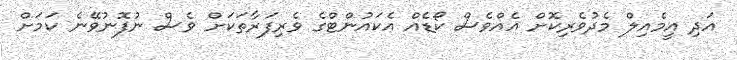
އަދި އީމެއިލް މެދުވެރިކޮށް އެއްވެސް ކޯޑެއް އެކައުންޓްގެ ވެރިފަރާތަކަށް ވެސް ނުފޮނުވޭނެ ކަމަށް